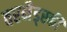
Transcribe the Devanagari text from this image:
वरनैड्स्की